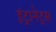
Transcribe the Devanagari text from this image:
इंट्रानेट्स